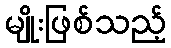
မျိုးဖြစ်သည့်